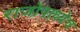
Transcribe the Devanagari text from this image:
राजोपाध्येच